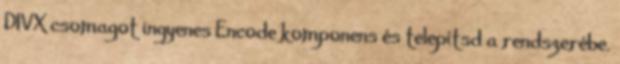
DIVX csomagot ingyenes Encode komponens és telepítsd a rendszerébe.